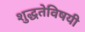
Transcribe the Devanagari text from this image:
शुद्धतेविषयी